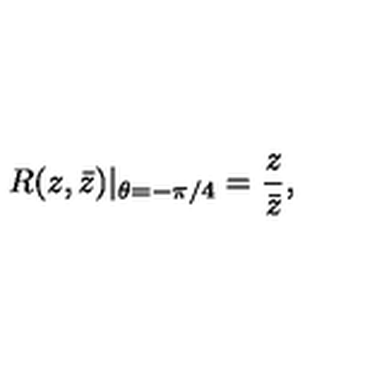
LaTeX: R ( z , \bar { z } ) | _ { \theta = - \pi / 4 } = \frac { z } { \bar { z } } ,